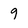
Character: 9